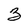
Character: 3